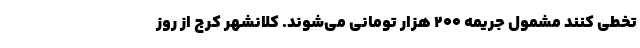
تخطی کنند مشمول جریمه ۲۰۰ هزار تومانی می‌شوند. کلانشهر کرج از روز